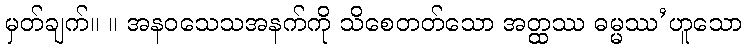
မှတ်ချက်။ ။ အနဝသေသအနက်ကို သိစေတတ်သော အတ္ထဿ ဓမ္မဿ’ဟူသော